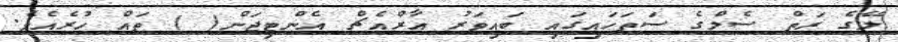
ލޭގެ ރަތް ސެލްގެ ސަތަހައިގައި ބައިވަރު އާރްއެޗް އެންޓިޖަން( ) ތައް ހުރެއެވެ.